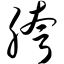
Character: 胯